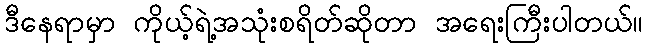
ဒီနေရာမှာ ကိုယ့်ရဲ့အသုံးစရိတ်ဆိုတာ အရေးကြီးပါတယ်။